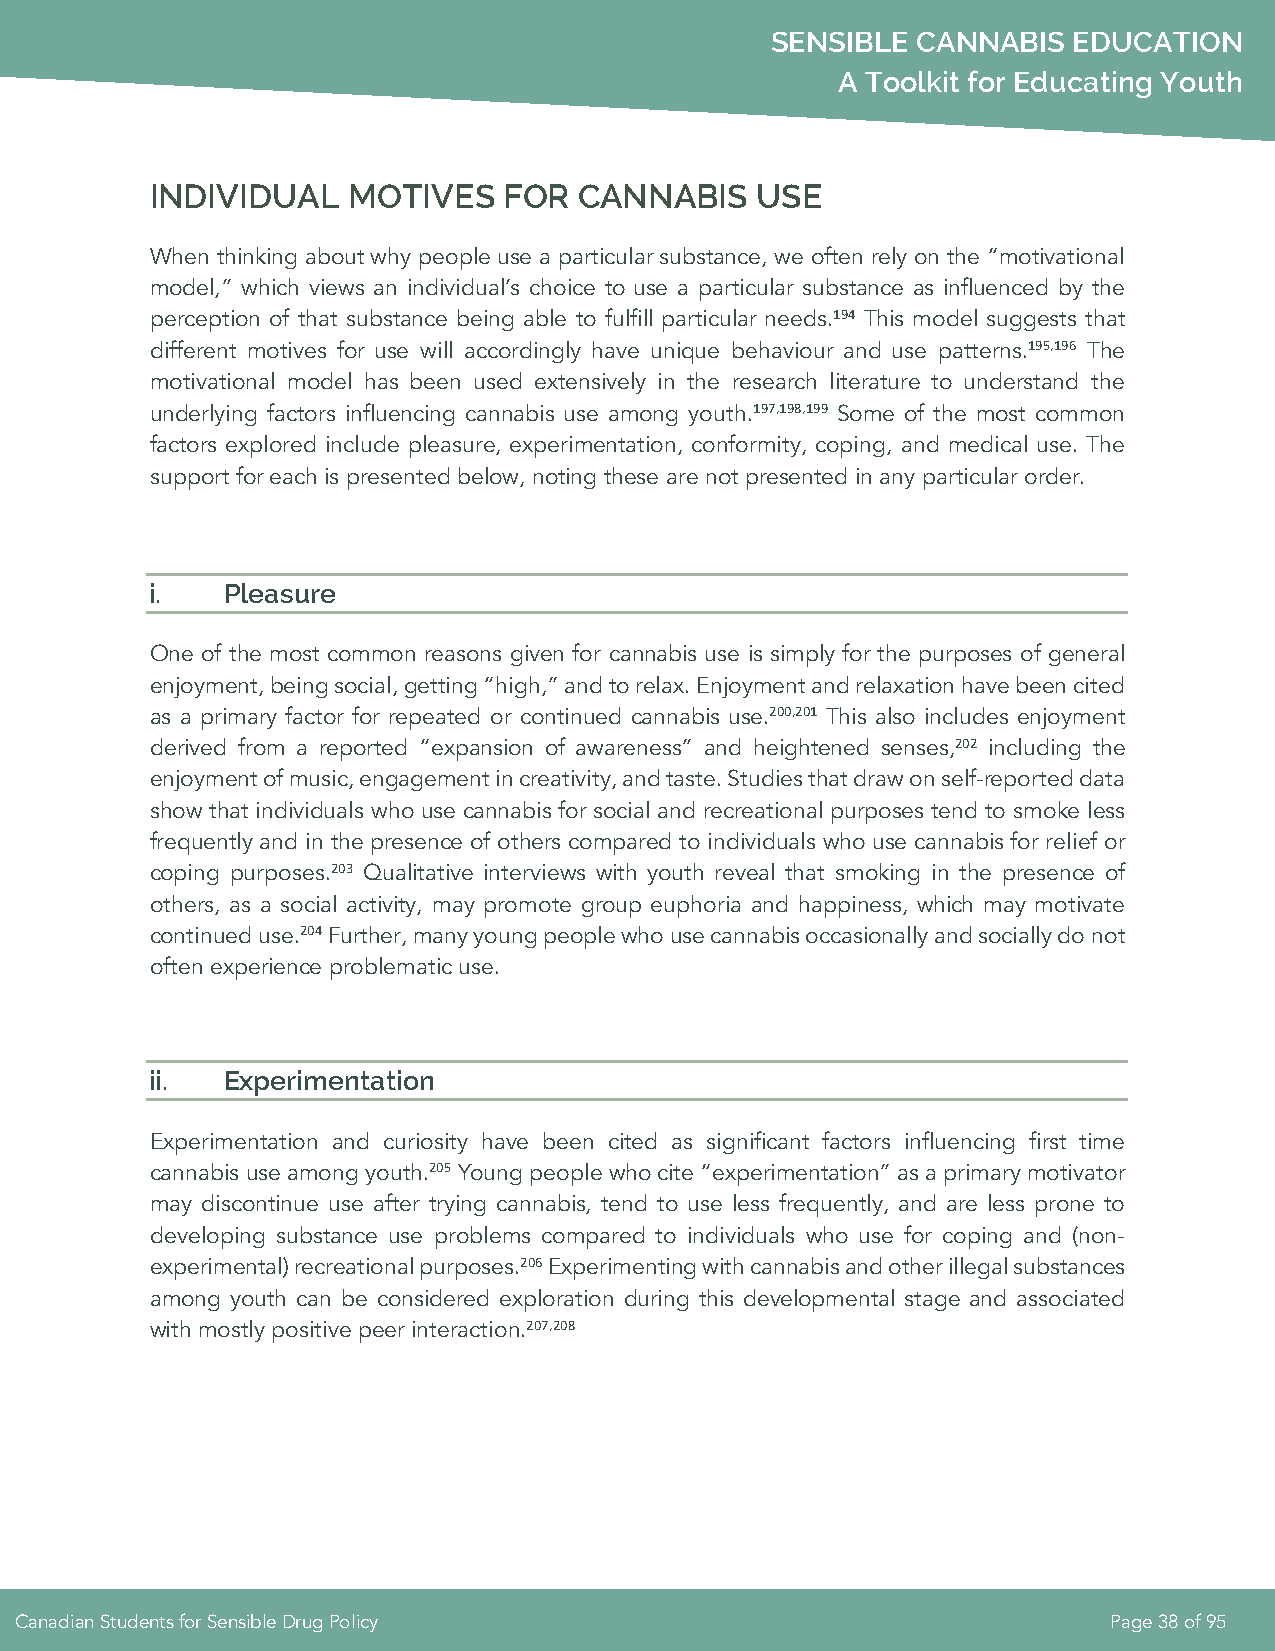
SENSIBLE  CANNABIS  EDUCATION
 A Toolkit for Educating Youth
 INDIVIDUAL   MOTIVES   FOR  CANNABIS    USE
 When thinking about why people use a particular substance, we often rely on the “motivational
 model,” which views an individual’s choice to use a particular substance as influenced by the
 perception of that substance being able to fulfill particular needs.194 This model suggests that
 different motives for use will accordingly have unique behaviour and use patterns.195,196 The
 motivational model has been used extensively in the research literature to understand the
 underlying factors influencing cannabis use among youth.197,198,199 Some of the most common
 factors explored include pleasure, experimentation, conformity, coping, and medical use. The
 support for each is presented below, noting these are not presented in any particular order.
 i.   Pleasure
 One of the most common reasons given for cannabis use is simply for the purposes of general
 enjoyment, being social, getting “high,” and to relax. Enjoyment and relaxation have been cited
 as a primary factor for repeated or continued cannabis use.200,201 This also includes enjoyment
 derived from a reported “expansion of awareness” and heightened senses,202 including the
 enjoyment of music, engagement in creativity, and taste. Studies that draw on self-reported data
 show that individuals who use cannabis for social and recreational purposes tend to smoke less
 frequently and in the presence of others compared to individuals who use cannabis for relief or
 coping purposes.203 Qualitative interviews with youth reveal that smoking in the presence of
 others, as a social activity, may promote group euphoria and happiness, which may motivate
 continued use.204 Further, many young people who use cannabis occasionally and socially do not
 often experience problematic use.
 ii.  Experimentation
 Experimentation and curiosity have been cited as significant factors influencing first time
 cannabis use among youth.205 Young people who cite “experimentation” as a primary motivator
 may discontinue use after trying cannabis, tend to use less frequently, and are less prone to
 developing substance use problems compared to individuals who use for coping and (non-
 experimental) recreational purposes.206 Experimenting with cannabis and other illegal substances
 among youth can be considered exploration during this developmental stage and associated
 with mostly positive peer interaction.207,208
 Canadian Students for Sensible Drug Policy                              Page 38 of 95